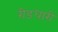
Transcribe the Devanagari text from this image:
रीडधारी